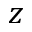
z